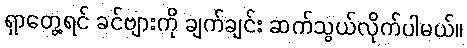
ရှာတွေ့ရင် ခင်ဗျားကို ချက်ချင်း ဆက်သွယ်လိုက်ပါမယ်။